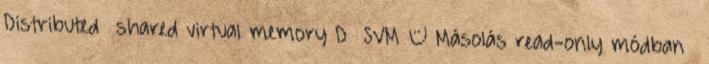
Distributed shared virtual memory D SVM – Másolás read-only módban ●